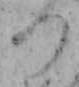
つ